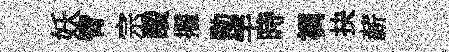
妖臂宗酸擢勛竽時裯抉薪